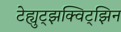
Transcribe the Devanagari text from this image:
टेह्युट्झक्विट्झिन